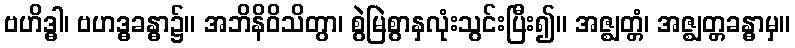
ဗဟိဒ္ဓါ၊ ဗဟဒ္ဓခန္ဓာ၌။ အဘိနိဝိသိတွာ၊ စွဲမြဲစွာနှလုံးသွင်းပြီး၍။ အဇ္ဈတ္တံ၊ အဇ္ဈတ္တခန္ဓာမှ။